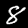
Digit: 8